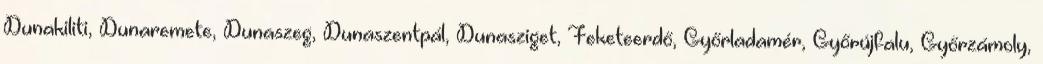
Dunakiliti, Dunaremete, Dunaszeg, Dunaszentpál, Dunasziget, Feketeerdő, Győrladamér, Győrújfalu, Győrzámoly,